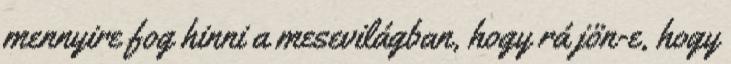
mennyire fog hinni a mesevilágban, hogy rá jön-e, hogy